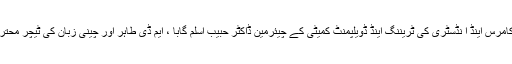
تقریب سے فیصل آباد چیمبر آف کامرس اینڈ ا نڈسٹری کی ٹریننگ اینڈ ڈویلپمنٹ کمیٹی کے چیئرمین ڈاکٹر حبیب اسلم گابا ، ایم ڈی طاہر اور چینی زبان کی ٹیچر محترمہ کوثر حمیدنے بھی خطاب کیا۔